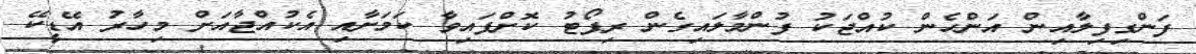
ފަންގިފިލާއިން އަންހެން ކުއްޖަކު ފުންމާލައިގެން ރިޕޯޓު ކޮށްފައިވާ ކަމަށާއި އެކުއްޖާއަށް މިހާރު އޭޑީކޭ